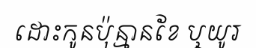
ដោះកូនប៉ុន្មានខែ ឬយូរ